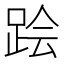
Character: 𲃟